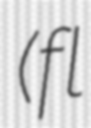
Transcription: (fl